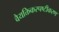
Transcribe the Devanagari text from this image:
वैयक्तिकस्पष्टीकरण